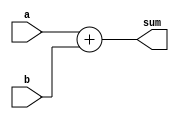
module adder_4bit(
    input [3:0] a,
    input [3:0] b,
    output [3:0] sum
);

assign sum = a + b;

endmodule